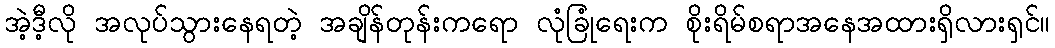
အဲ့ဒီ့လို အလုပ်သွားနေရတဲ့ အချိန်တုန်းကရော လုံခြုံရေးက စိုးရိမ်စရာအနေအထားရှိလားရှင်။